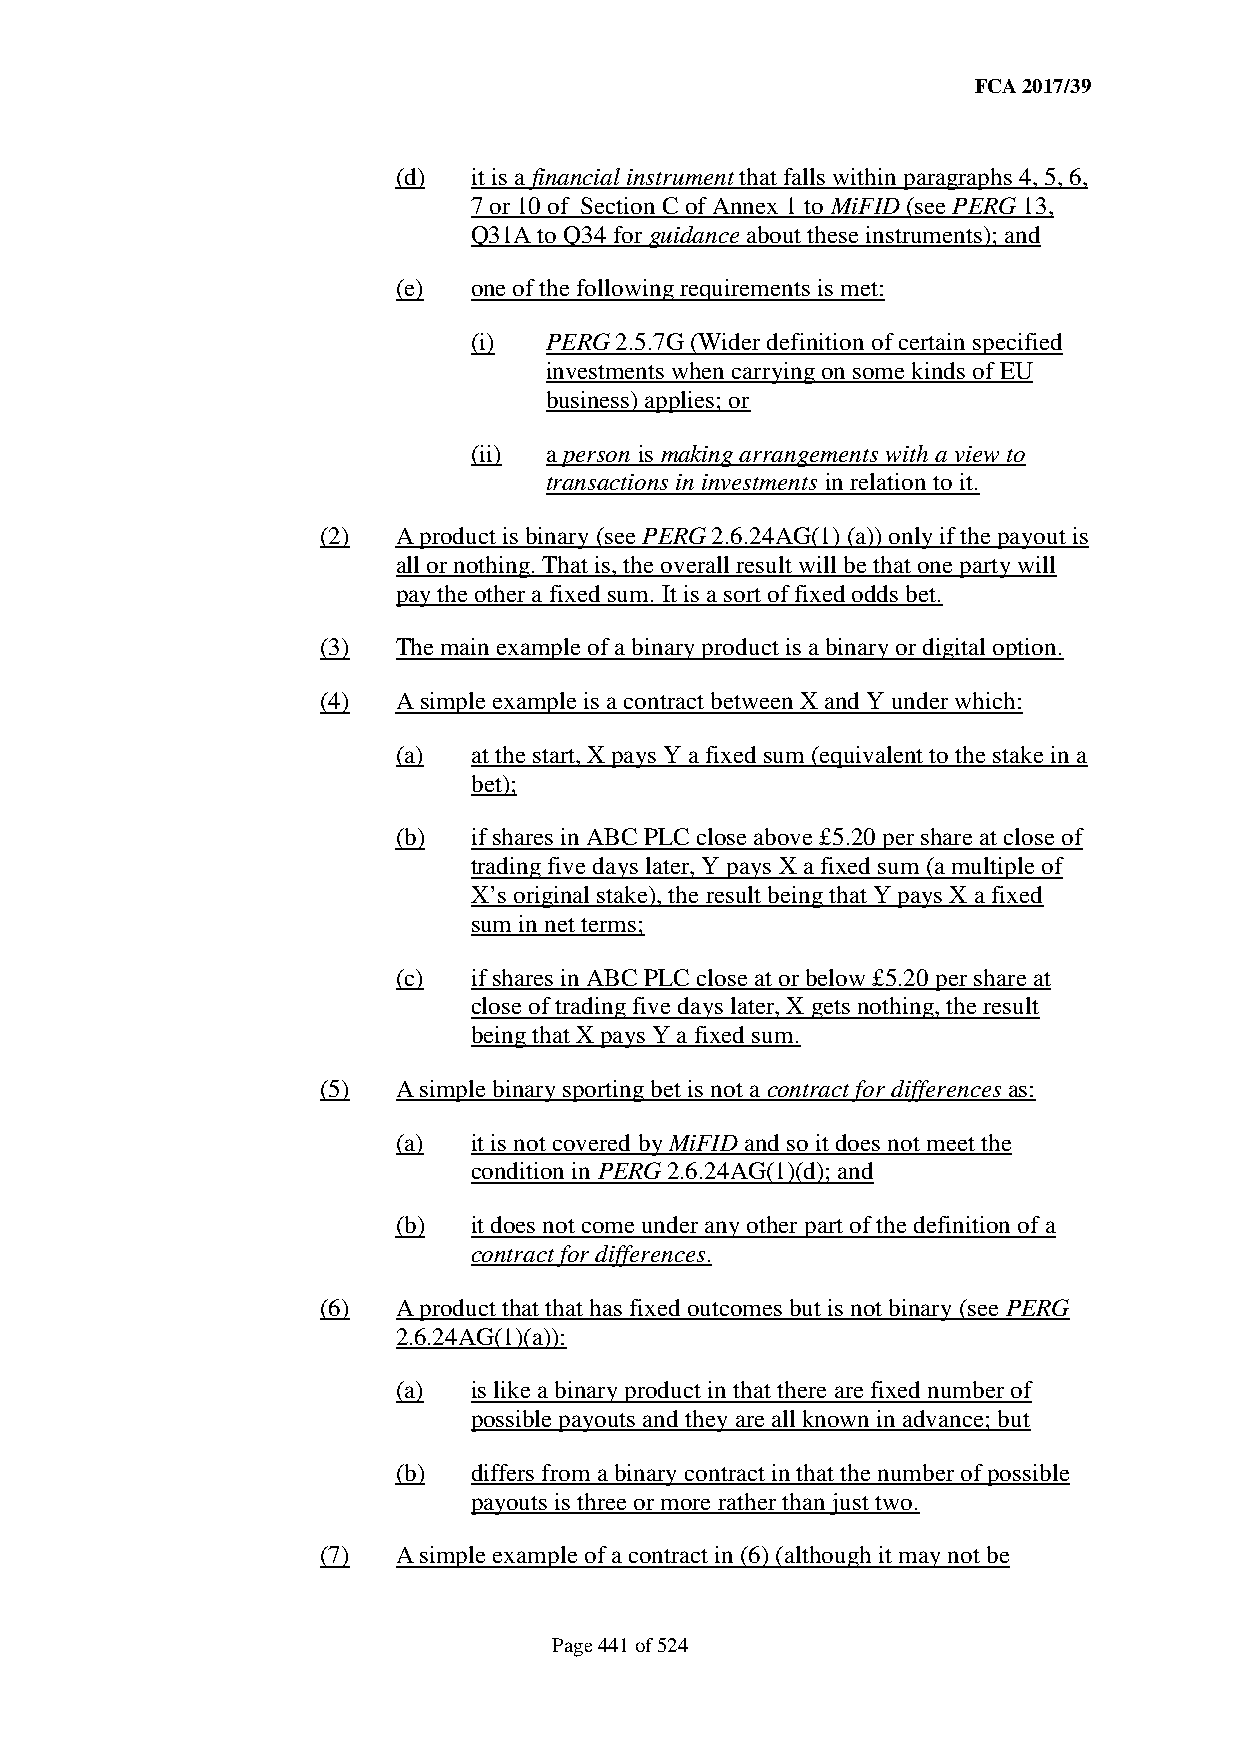
FCA 2017/39
 (d)  it is a financial instrument that falls within paragraphs 4, 5, 6,
 7 or 10 of Section C of Annex 1 to MiFID (see PERG 13,
 Q31A to Q34 for guidance about these instruments); and
 (e)  one of the following requirements is met:
 (i)  PERG 2.5.7G (Wider definition of certain specified
 investments when carrying on some kinds of EU
 business) applies; or
 (ii) a person is making arrangements with a view to
 transactions in investments in relation to it.
 (2)  A product is binary (see PERG 2.6.24AG(1) (a)) only if the payout is
 all or nothing. That is, the overall result will be that one party will
 pay the other a fixed sum. It is a sort of fixed odds bet.
 (3)  The main example of a binary product is a binary or digital option.
 (4)  A simple example is a contract between X and Y under which:
 (a)  at the start, X pays Y a fixed sum (equivalent to the stake in a
 bet);
 (b)  if shares in ABC PLC close above £5.20 per share at close of
 trading five days later, Y pays X a fixed sum (a multiple of
 X’s original stake), the result being that Y pays X a fixed
 sum in net terms;
 (c)  if shares in ABC PLC close at or below £5.20 per share at
 close of trading five days later, X gets nothing, the result
 being that X pays Y a fixed sum.
 (5)  A simple binary sporting bet is not a contract for differences as:
 (a)  it is not covered by MiFID and so it does not meet the
 condition in PERG 2.6.24AG(1)(d); and
 (b)  it does not come under any other part of the definition of a
 contract for differences.
 (6)  A product that that has fixed outcomes but is not binary (see PERG
 2.6.24AG(1)(a)):
 (a)  is like a binary product in that there are fixed number of
 possible payouts and they are all known in advance; but
 (b)  differs from a binary contract in that the number of possible
 payouts is three or more rather than just two.
 (7)  A simple example of a contract in (6) (although it may not be
 Page 441 of 524